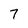
Character: 7